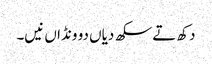
دکھ تے سکھ دیاں دو ونڈاں نیں۔